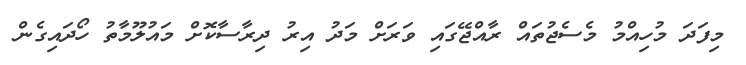
މިފަދަ މުހިއްމު މެސެޖުތައް ރާއްޖޭގައި ވަރަށް މަދު އިރު ދިރާސާކޮށް މައުލޫމާތު ހޯދައިގެން